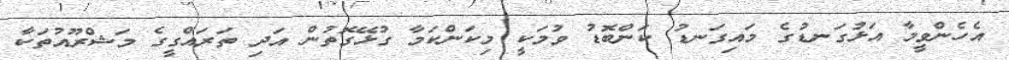
އެހެންވީމާ އަޅުގަނޑުގެ މައިގަނޑު ކަންބޮޑު ވުމަކީ މިކަންކަމާ ގުޅޭގޮތުން އަދި ތަރައްގީގެ މަޝްރޫއުތަކާ